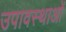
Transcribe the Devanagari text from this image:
उपावस्थाओं